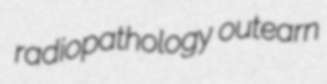
radiopathology outearn